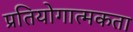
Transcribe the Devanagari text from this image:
प्रतियोगात्मकता